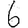
Digit: 6